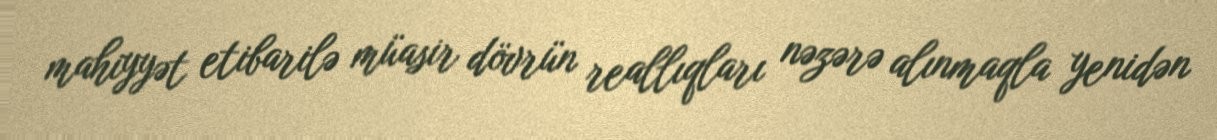
mahiyyət etibarilə müasir dövrün reallıqları nəzərə alınmaqla yenidən